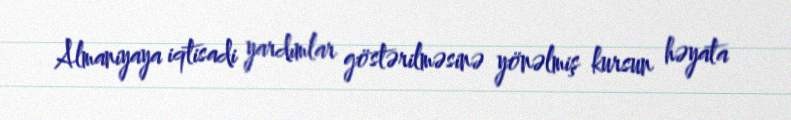
Almaniyaya iqtisadi yardımlar göstərilməsinə yönəlmiş kursun həyata